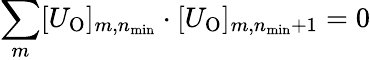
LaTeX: \sum_{m}[U_{\mathrm{O}}]_{m,n_{\mathrm{min}}}\cdot[U_{\mathrm{O}}]_{m,n_{\mathrm{min}}+1}=0